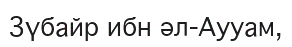
Зүбайр ибн әл-Аууам,